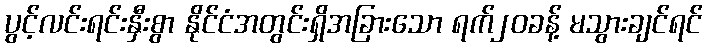
ပွင့်လင်းရင်းနှီးစွာ နိုင်ငံအတွင်းရှိအခြားသော ရက်၂၀ခန့် မသွားချင်ရင်